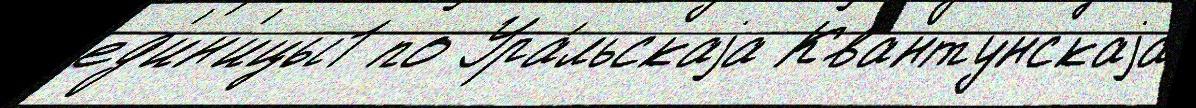
ед'ин'ицы1 по Ура́льскаjа Квантунскаjа